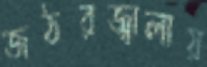
জঠরজ্বালায়